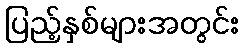
ပြည့်နှစ်များအတွင်း